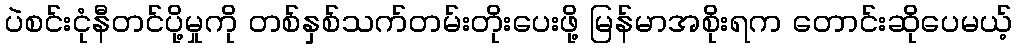
ပဲစင်းငုံနီတင်ပို့မှုကို တစ်နှစ်သက်တမ်းတိုးပေးဖို့ မြန်မာအစိုးရက တောင်းဆိုပေမယ့်